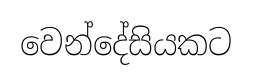
වෙන්දේසියකට